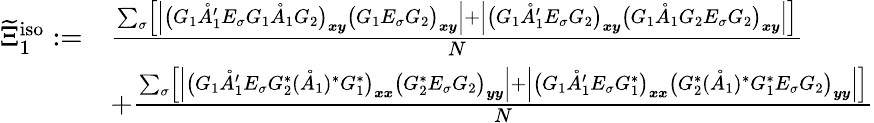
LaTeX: \begin{array}{rl}{\widetilde{\Xi}_{1}^{\mathrm{iso}}:=}&{\frac{\sum_{\sigma}\left[\left\vert\big(G_{1}\mathring{A}_{1}^{\prime}E_{\sigma}G_{1}\mathring{A}_{1}G_{2}\big)_{\boldsymbol{x}\boldsymbol{y}}\big(G_{1}E_{\sigma}G_{2}\big)_{\boldsymbol{x}\boldsymbol{y}}\right\vert+\left\vert\big(G_{1}\mathring{A}_{1}^{\prime}E_{\sigma}G_{2}\big)_{\boldsymbol{x}\boldsymbol{y}}\big(G_{1}\mathring{A}_{1}G_{2}E_{\sigma}G_{2}\big)_{\boldsymbol{x}\boldsymbol{y}}\right\vert\right]}{N}}\\ &{+\frac{\sum_{\sigma}\left[\left\vert\big(G_{1}\mathring{A}_{1}^{\prime}E_{\sigma}G_{2}^{*}(\mathring{A}_{1})^{*}G_{1}^{*}\big)_{\boldsymbol{x}\boldsymbol{x}}\big(G_{2}^{*}E_{\sigma}G_{2}\big)_{\boldsymbol{y}\boldsymbol{y}}\right\vert+\left|\big(G_{1}\mathring{A}_{1}^{\prime}E_{\sigma}G_{1}^{*}\big)_{\boldsymbol{x}\boldsymbol{x}}\big(G_{2}^{*}(\mathring{A}_{1})^{*}G_{1}^{*}E_{\sigma}G_{2}\big)_{\boldsymbol{y}\boldsymbol{y}}\right|\right]}{N}}\end{array}